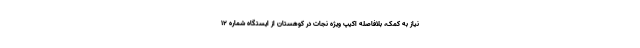
نیاز به کمک، بلافاصله اکیپ ویژه نجات در کوهستان از ایستگاه شماره ۱۲